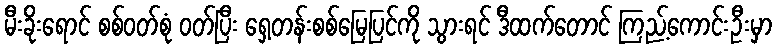
မီးခိုးရောင် စစ်ဝတ်စုံ ဝတ်ပြီး ရှေ့တန်းစစ်မြေပြင်ကို သွားရင် ဒီထက်တောင် ကြည့်ကောင်းဦးမှာ